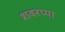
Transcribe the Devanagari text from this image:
शवरप्पा